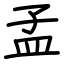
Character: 孟